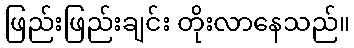
ဖြည်းဖြည်းချင်း တိုးလာနေသည်။